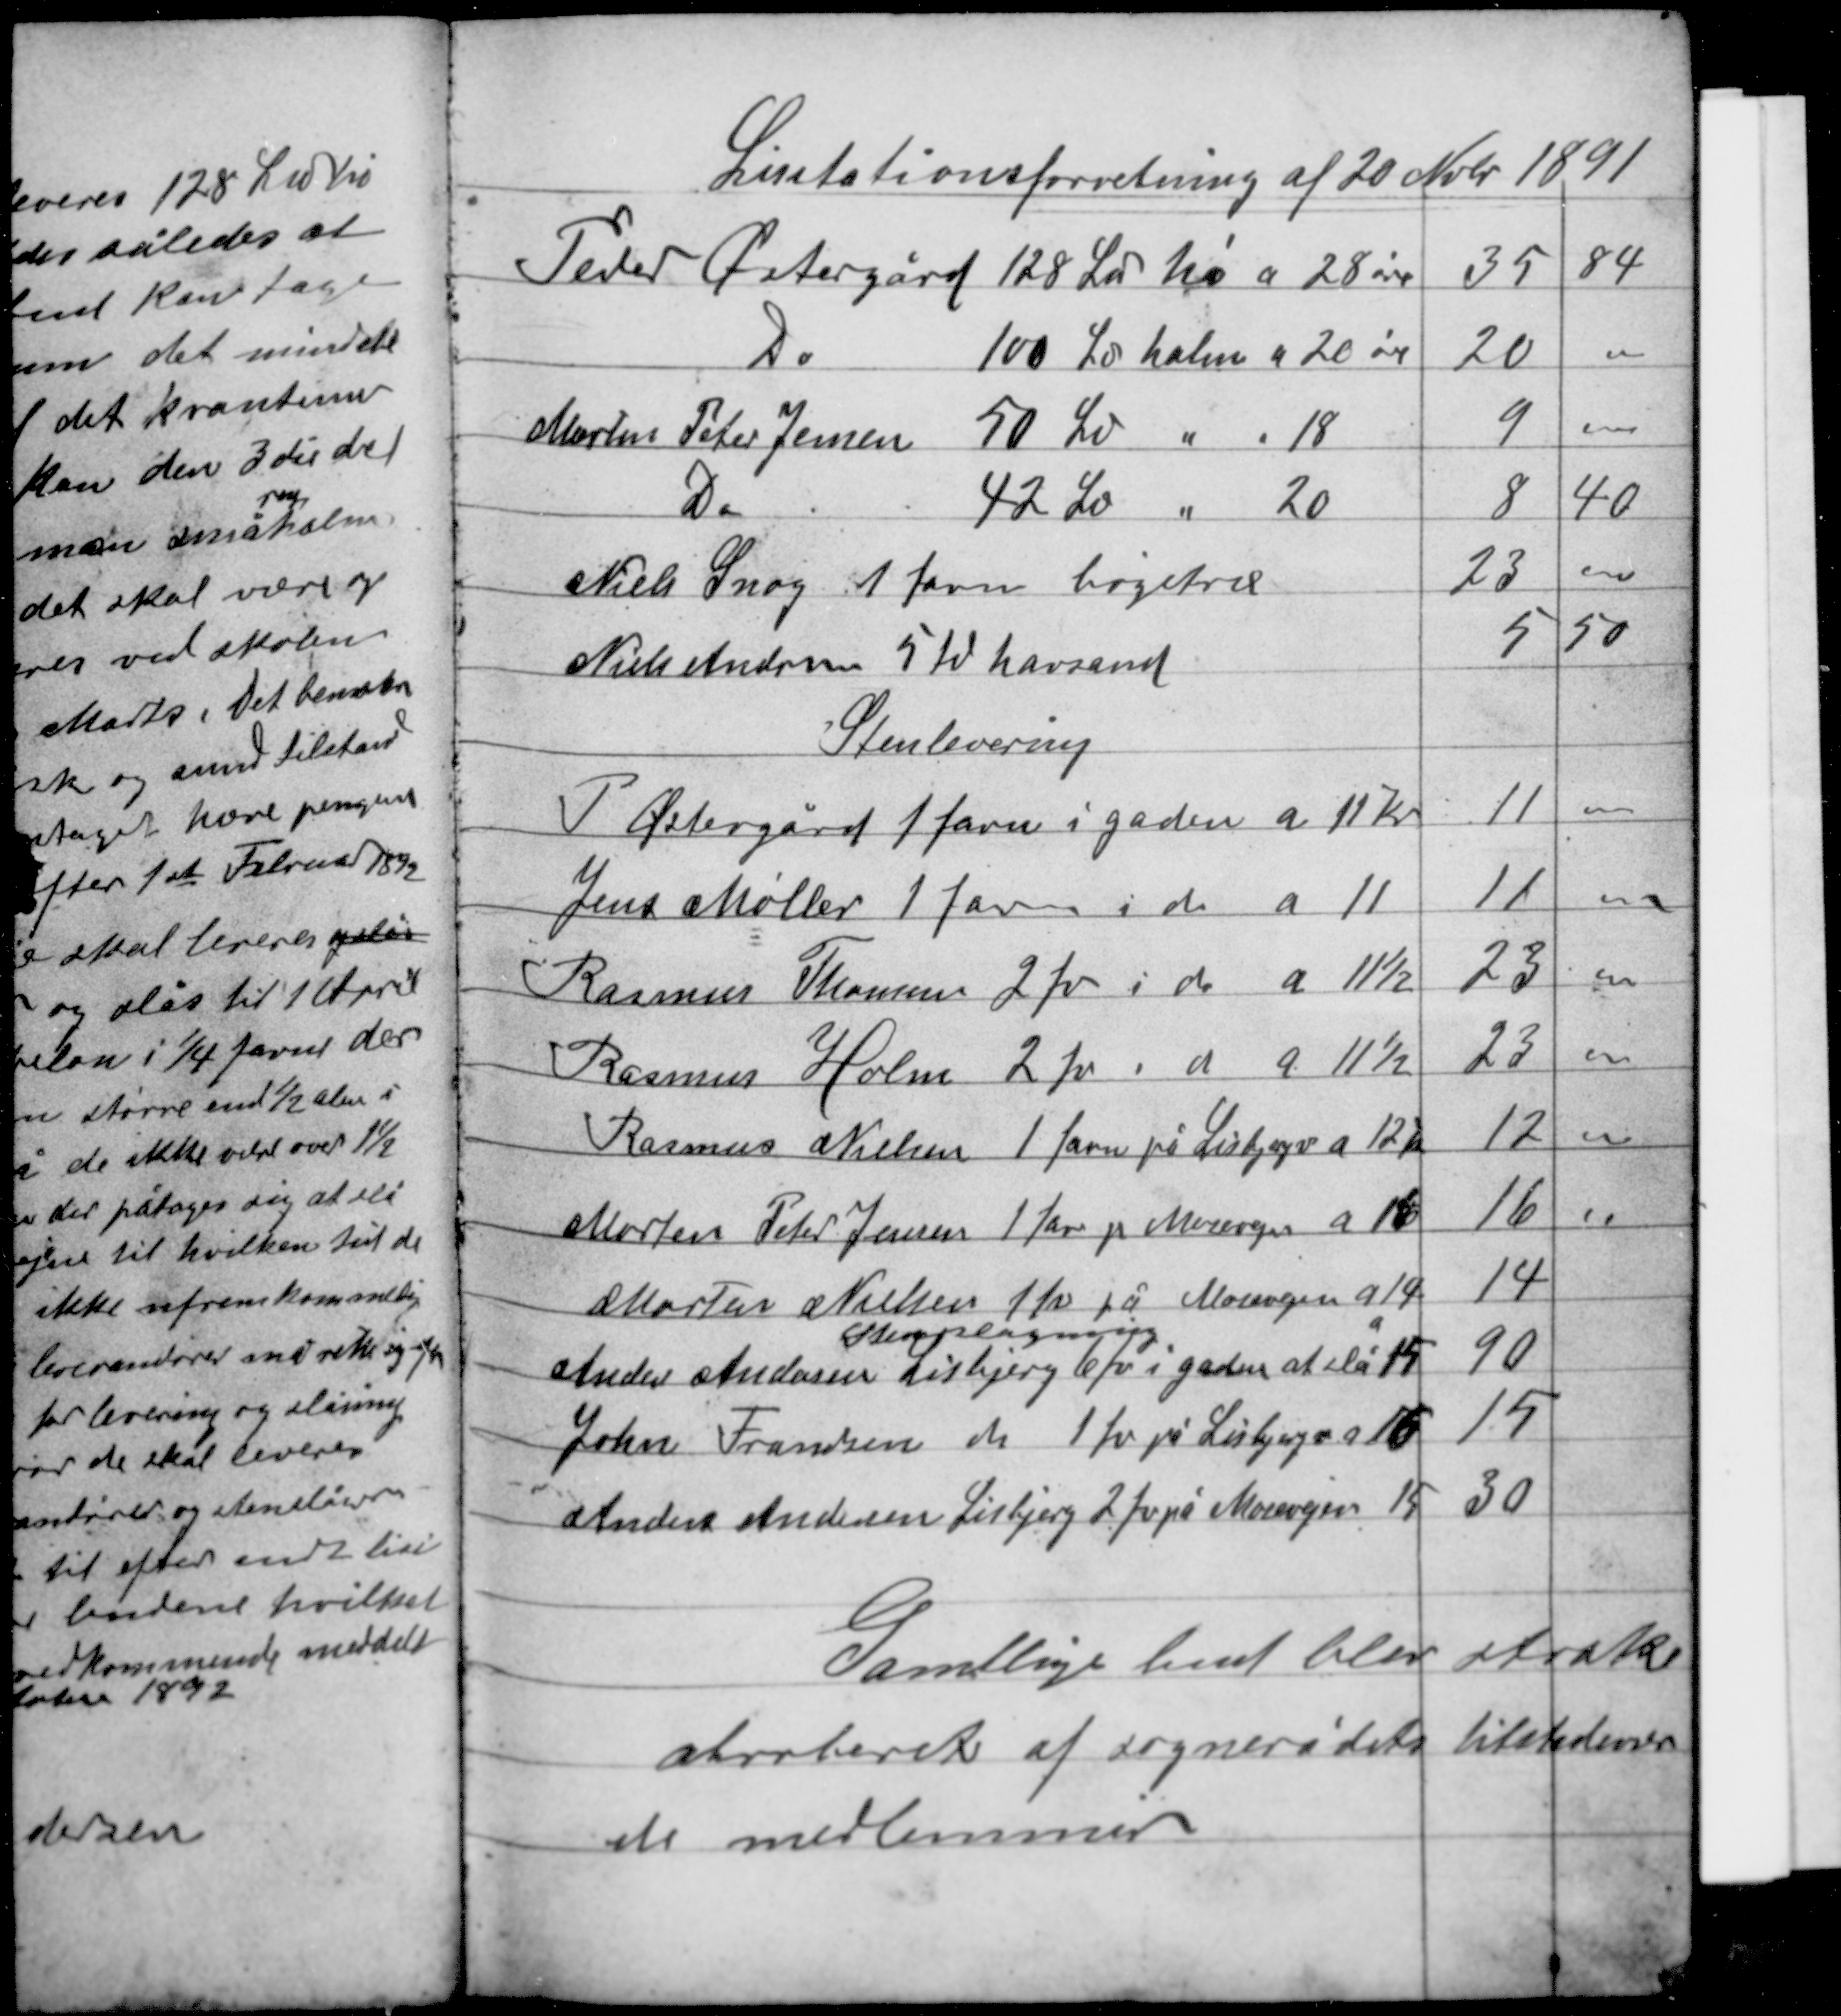
Transskription:
Lisitationsforretning af 20 Nvbr 1891

Samtlige bud blev straks
abroberet af sognerådets tilstedeværen-
de medlemmer